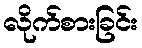
လိုက်စားခြင်း